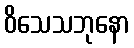
ဝိသေသဘုနော